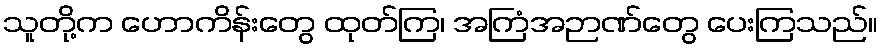
သူတို့က ဟောကိန်းတွေ ထုတ်ကြ၊ အကြံအဉာဏ်တွေ ပေးကြသည်။